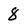
Character: 8